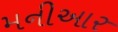
મનીઆર